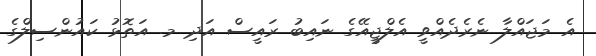
އެ މަޖައްލާ ނެރެދެއްވީ އެލްޖީއޭގެ ނައިބު ރައީސް އަދި މ. އަތޮޅު ކައުންސިލްގެ